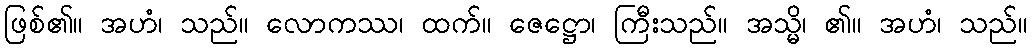
ဖြစ်၏။ အဟံ၊ သည်။ လောကဿ၊ ထက်။ ဇေဋ္ဌော၊ ကြီးသည်။ အသ္မိ၊ ၏။ အဟံ၊ သည်။